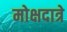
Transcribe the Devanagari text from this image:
मोक्षदात्रे